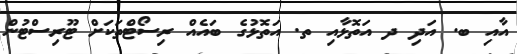
އާއި ބ. އަދި ދ އަތޮޅާއި ތ. އަތޮޅުގެ ބައެއް ރިސޯޓްތަކަށް ޓޫރިސްޓުން